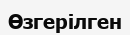
Өзгерілген